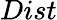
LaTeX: Dist